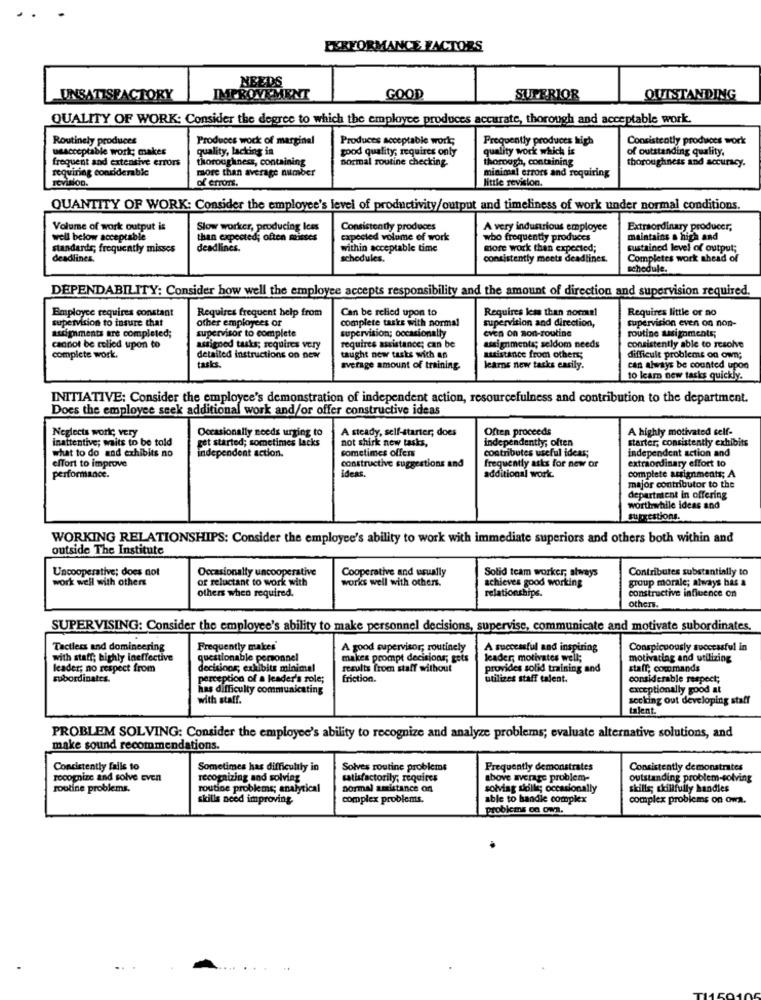
PERFORMANCE FACTORS
NEEDS
UNSATISFACTORY
IMPROVEMENT
GOOD
SUPERIOR
OUTSTANDING
QUALITY OF WORK: Consider the degree to which the employee produces accurate, thorough and acceptable work.
Routinely produces
Produces wock of marginal
Produces acceptable works
Frequently produces high
Consistently produces work
usacceptable work; makes
quality, lacking in
good quality; requires only
quality work which is
of outstanding quality.
frequent and extensive errors
thoroughness, containing
normal routine checking-
thorough, containing
thoroughness and accuracy.
requiring considerable
more than average number
minimal errors and requiring
inimh
ItVision.
of errors.
little revision.
QUANTITY OF WORK: Consider the employee's level of productivity/output and timeliness of work under normal conditions.
Volume of work output is
Slow worker, producing Icss
Consistently produces
A very industrious employee
Extraordinary producer,
well below acceptable
than expected; often misses
expected volume of work
who frequently produces
maintains a high and
standards; frequently misses
deadlines.
within acceptable time
more work than expected;
sustained level of output;
deadlines.
schedules.
consistently meets deadlines.
Completes work ahead of
schedule.
DEPENDABILITY: Consider how well the employee accepts responsibility and the amount of direction and supervision required.
Employee requires constant
Requires frequent help from
Can be relied upon to
Requires less than normal
Requires little or no
supervision to insure that
other employees or
complete tasks with normal
supervision even on non-
supervision; occasionally
cvEn on son-routine
supervision and direction,
routine assignments;
assignments are completed;
supervisor to complete
cannot be relied upon to
assigned tasks; requires very
requires assistance; can be
assignments; seldom needs
consistently able to resolve
complete work.
detailed instructions on new
taught new tasks with an
assistance from others;
difficult problems on own;
tasks.
average amount of training
learns new tasks easily.
can always be counted upon
to learn new tasks quickly.
INITIATIVE: Consider the employee's demonstration of independent action, resourcefulness and contribution to the department.
Does the employee seek additional work and/or offer constructive ideas
Occasionally needs urging to
A steady, self-starter; does
Often proceeds
A highly motivated self-
Neglects workc very
inattentive; maits to be told
get started; sometimes lacks
not shirk new tasks,
independently; often
starter, consistently exhibits
independent action.
sometimes offers
contributes useful ideas;
independent action and
what to do and exhibits no
constructive suggestions and
frequently asks for new or
extraordinary effort to
effort to improve
ideas.
additional work.
performance.
complete assignments; A
major contributor to the
department in offering
worthwhile ideas and
suggestions.
WORKING RELATIONSHIPS: Consider the employee's ability to work with immediate superiors and others both within and
outside The Institute
Uncooperative; does not
Occasionally uncooperative
Cooperative and usually
Solid team worker, always
Contributes substantially to
work well with others
of reluctant to work with
works well with others.
group morale; always bas a
others when required.
achieves good working
relationships.
constructive influence on
others.
SUPERVISING: Consider the employee's ability to make personnel decisions, supervise, communicate and motivate subordinates.
Tactless and domineering
Frequently makes'
A good supervisor; routinely
A successful and inspiring
Conspicuously successful in
with staff; highly ineffective
questionable personnel
makes prompt decisions; gets
leader, motivates well;
motivating and utilizing
leader; no respect from
decisions; exhibits minimal
results from staff without
provides solid training and
staff, commands
subordinates.
perception of a leader's role;
friction.
utilizes staff talent.
considerable respect;
has difficulty communicating
exceptionally good at
with staff.
socking out developing staff
talent.
PROBLEM SOLVING: Consider the employee's ability to recognize and analyze problems; evaluate alternative solutions, and
make sound recommendations.
Consistently fails to
Sometimes has difficultly in
Solves routine problems
Frequently demonstrates
Consistently demonstrates
recognize and solve even
recognizing and solving
satisfactorily; requires
above average problem-
outstanding problem-solving
routine problems.
routine problems; analytical
normal assistance on
solving sidlle; occasionally
skills; skillfully handies
skills need improving
complex problems.
able to handle complex
complex problems on owa.
problems on om.